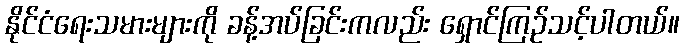
နိုင်ငံရေးသမားများကို ခန့်အပ်ခြင်းကလည်း ရှောင်ကြဉ်သင့်ပါတယ်။